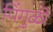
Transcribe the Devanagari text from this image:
पिंगुळी